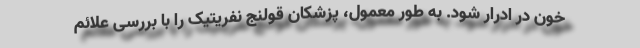
خون در ادرار شود. به طور معمول، پزشکان قولنج نفریتیک را با بررسی علائم